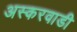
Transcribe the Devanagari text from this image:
अस्करवाडी